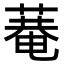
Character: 𦹕